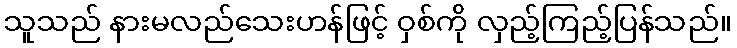
သူသည် နားမလည်သေးဟန်ဖြင့် ဝှစ်ကို လှည့်ကြည့်ပြန်သည်။